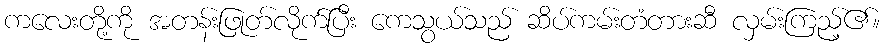
ကလေးတို့ကို အတန်းဖြုတ်လိုက်ပြီး ကေသွယ်သည် ဆိပ်ကမ်းတံတားဆီ လှမ်းကြည့်၏။